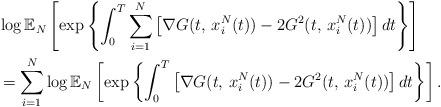
LaTeX: \begin{align*} & \log\mathbb{E}_{N}\left[\exp\left\{ \int_{0}^{T}\sum_{i=1}^{N}\left[\nabla G(t,\,x_{i}^{N}(t))-2G^{2}(t,\,x_{i}^{N}(t))\right]dt\right\} \right] \\ & =\sum_{i=1}^{N}\log\mathbb{E}_{N}\left[\exp\left\{ \int_{0}^{T}\left[\nabla G(t,\,x_{i}^{N}(t))-2G^{2}(t,\,x_{i}^{N}(t))\right]dt\right\} \right].\end{align*}